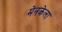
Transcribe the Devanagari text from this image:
मेनकेला